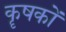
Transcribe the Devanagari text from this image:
कॄषकों